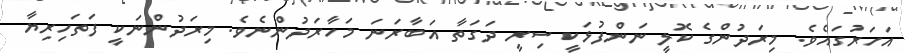
އަހަރުގައެވެ. މިރަދުންގެ ކޮލީ ނަންފުޅަކީ ސިރީ ދަގަތާ އަބާރަނަ މަހާރަދުންނެވެ. މިރަދުންނަކީ ފަތަހިރިޔާ